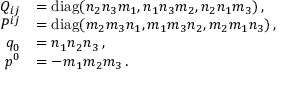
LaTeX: \begin{array} { r l } { { Q _ { i j } } } & { { = \mathrm { d i a g } ( n _ { 2 } n _ { 3 } m _ { 1 } , n _ { 1 } n _ { 3 } m _ { 2 } , n _ { 2 } n _ { 1 } m _ { 3 } ) \, , } } \\ { { P ^ { i j } } } & { { = \mathrm { d i a g } ( m _ { 2 } m _ { 3 } n _ { 1 } , m _ { 1 } m _ { 3 } n _ { 2 } , m _ { 2 } m _ { 1 } n _ { 3 } ) \, , } } \\ { { q _ { 0 } } } & { { = n _ { 1 } n _ { 2 } n _ { 3 } \, , } } \\ { { p ^ { 0 } } } & { { = - m _ { 1 } m _ { 2 } m _ { 3 } \, . } } \end{array}